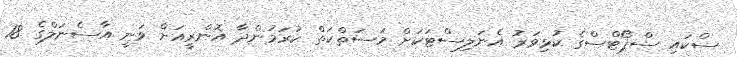
ސްކައި ސްޕޯޓްސްގެ ކުޅިވަރު އެނަލިސްޓަކަށް މަސަތްކަތް ކުރަމުންދާ އޮންރީއަށް ވަނީ އާސެނަލްގެ 18